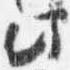
此